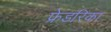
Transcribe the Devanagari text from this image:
फ्रेडरिका